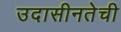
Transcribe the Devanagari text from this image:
उदासीनतेची